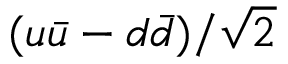
( u \bar { u } - d \bar { d } ) / \sqrt { 2 }